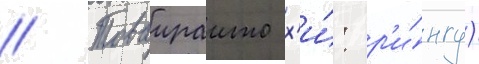
// Товаираито х'и́: р'и́нгу)